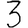
Digit: 3